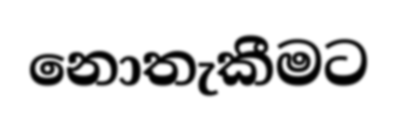
නොතැකීමට